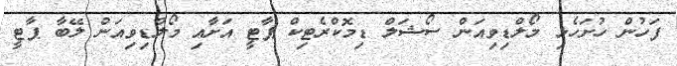
ފަހުން ހުށަހެޅި މޯލްޑިވިއަން ސޯޝަލް ޑިމޮކްރެޓިކް ޕާޓީ އަށާއި މޯލްޑިވިއަން ލޭބާ ޕާޓީ